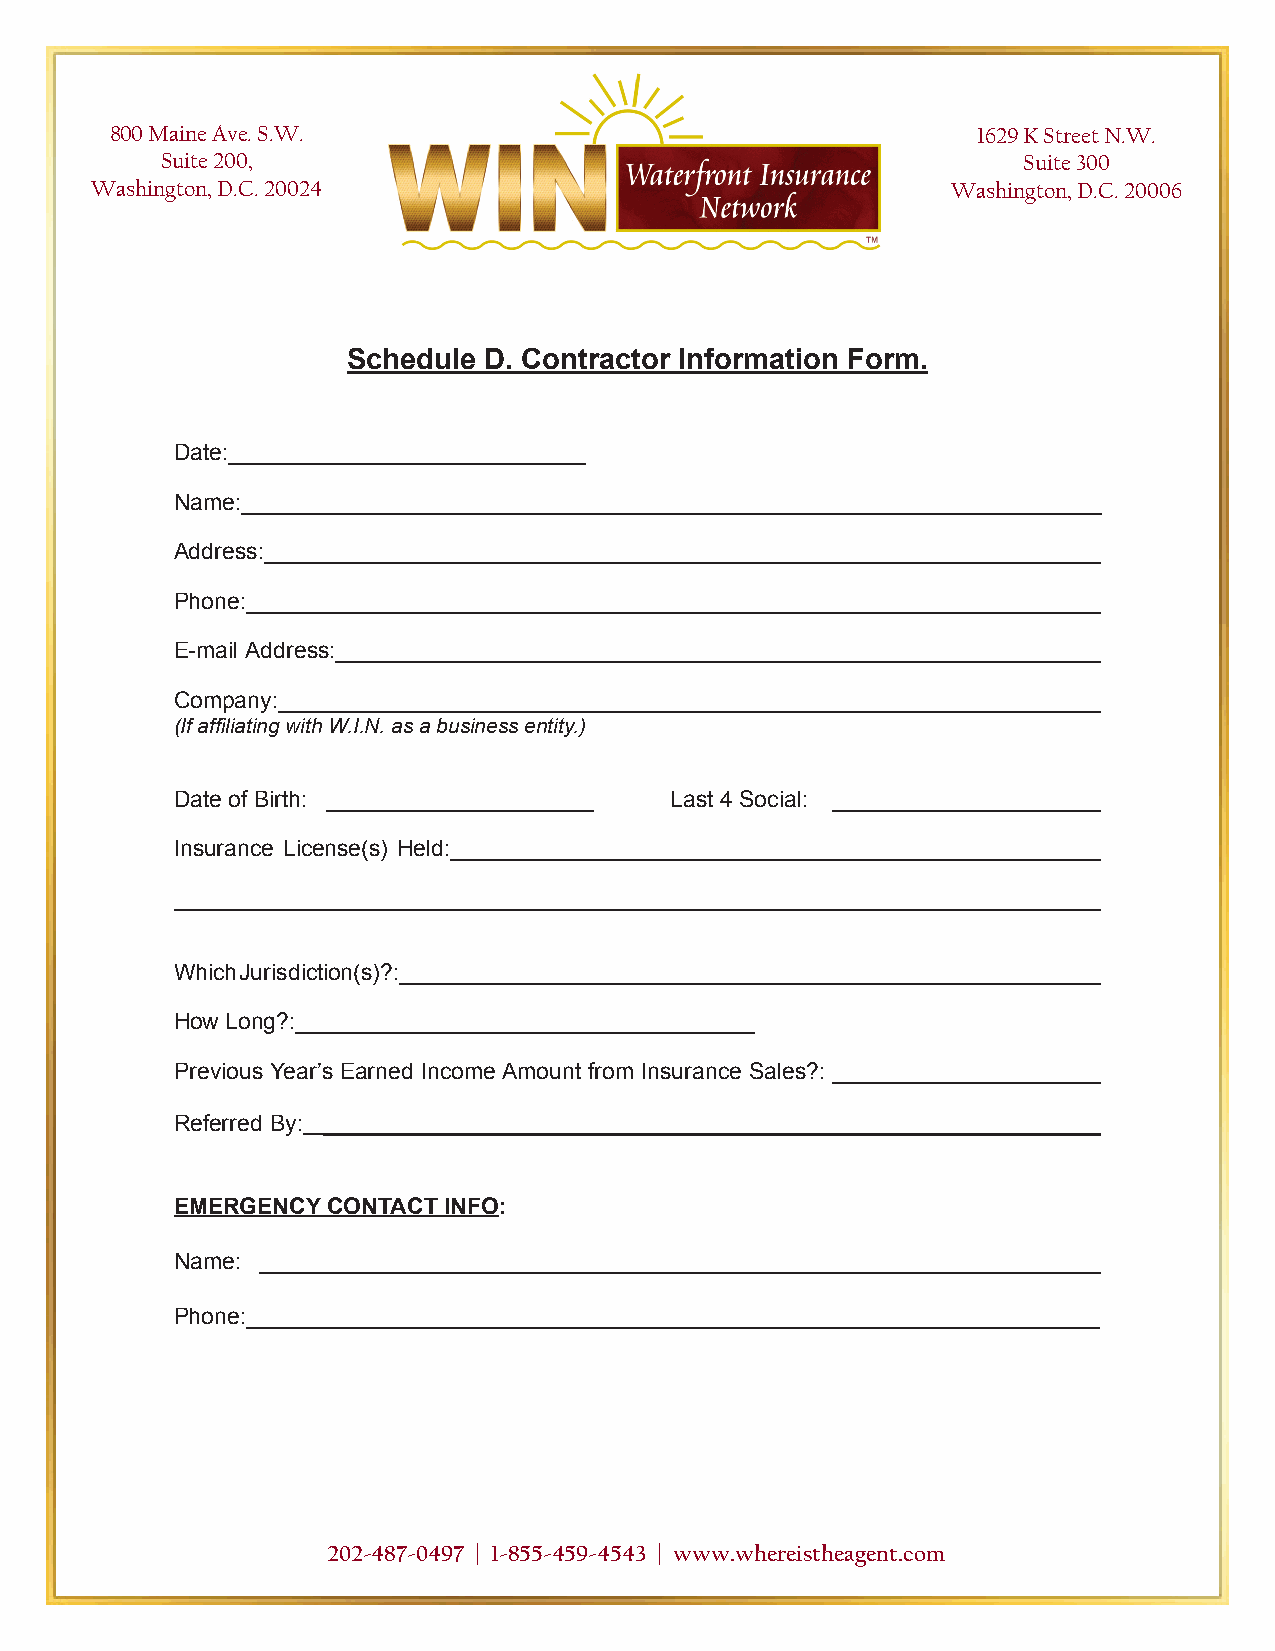
800 Maine Ave. S.W.                                       1629 K Street N.W.
 Suite 200,                                               Suite 300
 Washington, D.C. 20024                                   Washington, D.C. 20006
 Schedule D. Contractor Information Form.
 Date:____________________________
 Name:___________________________________________________________________
 Address:_________________________________________________________________
 Phone:___________________________________________________________________
 E-mail Address:____________________________________________________________
 Company:________________________________________________________________
 (If affiliating with W.I.N. as a business entity.)
 Date of Birth: _____________________ Last 4 Social: _____________________
 Insurance License(s) Held:___________________________________________________
 ________________________________________________________________________
 Which Jurisdiction(s)?:_______________________________________________________
 How Long?:____________________________________
 Previous Year’s Earned Income Amount from Insurance Sales?: _____________________
 Referred By: _____________________________________________________________
 EMERGENCY CONTACT INFO:
 Name: __________________________________________________________________
 Phone:___________________________________________________________________
 202-487-0497 | 1-855-459-4543 | www.whereistheagent.com